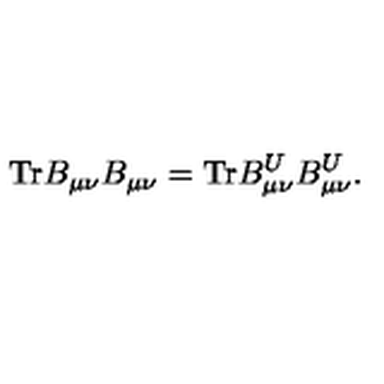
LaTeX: \mathrm { T r } B _ { \mu \nu } B _ { \mu \nu } = \mathrm { T r } B _ { \mu \nu } ^ { U } B _ { \mu \nu } ^ { U } .